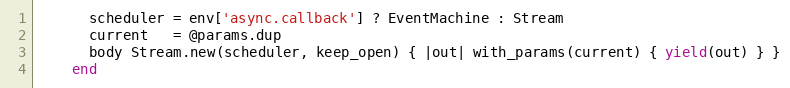
Language: Ruby
      scheduler = env['async.callback'] ? EventMachine : Stream
      current   = @params.dup
      body Stream.new(scheduler, keep_open) { |out| with_params(current) { yield(out) } }
    end